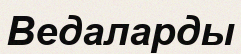
Ведаларды